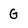
Character: g